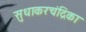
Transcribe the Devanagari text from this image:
सुधाकरचंद्रिका